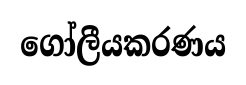
ගෝලීයකරණය